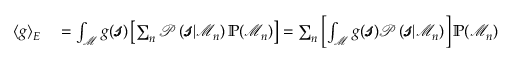
\begin{array} { r l } { \langle g \rangle _ { E } } & { { } = \int _ { \mathcal { M } } g ( \pmb { \mathscr { s } } ) \left[ \sum _ { n } \mathcal { P } \left( \pmb { \mathscr { s } } | \mathcal { M } _ { n } \right) \mathbb { P } ( \mathcal { M } _ { n } ) \right] = \sum _ { n } \left[ \int _ { \mathcal { M } } g ( \pmb { \mathscr { s } } ) \mathcal { P } \left( \pmb { \mathscr { s } } | \mathcal { M } _ { n } \right) \right] \mathbb { P } ( \mathcal { M } _ { n } ) } \end{array}